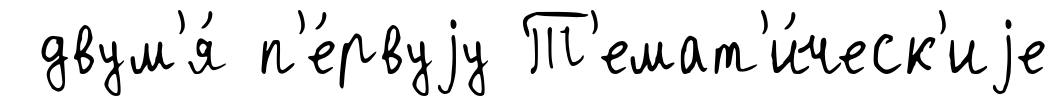
двум'я́ п'е́рвуjу Т'емат'и́ческ'иjе